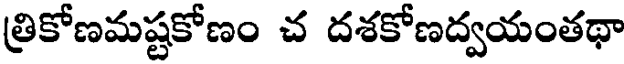
త్రికోణమష్టకోణం చ దశకోణద్వయంతథా